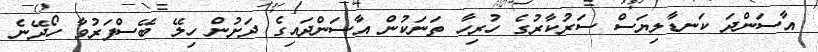
އާސަންދަ ކަނޑާލިޔަސް ސަރުކާރުގެ ހުރިހާ ތަނަކުން އާސަންދައިގެ ދަށުން ހިލޭ ބޭސްފަރުވާ ހޯދޭނެ